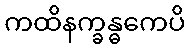
ကထိနက္ခန္ဓကေပိ